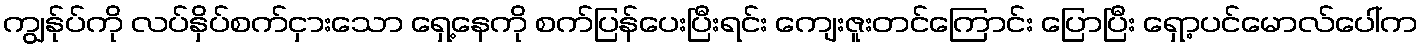
ကျွန်ုပ်ကို လပ်နှိပ်စက်ငှားသော ရှေ့နေကို စက်ပြန်ပေးပြီးရင်း ကျေးဇူးတင်ကြောင်း ပြောပြီး ရှော့ပင်မောလ်ပေါ်က